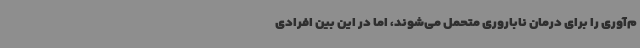
م‌آوری را برای درمان ناباروری متحمل می‌شوند، اما در این بین افرادی